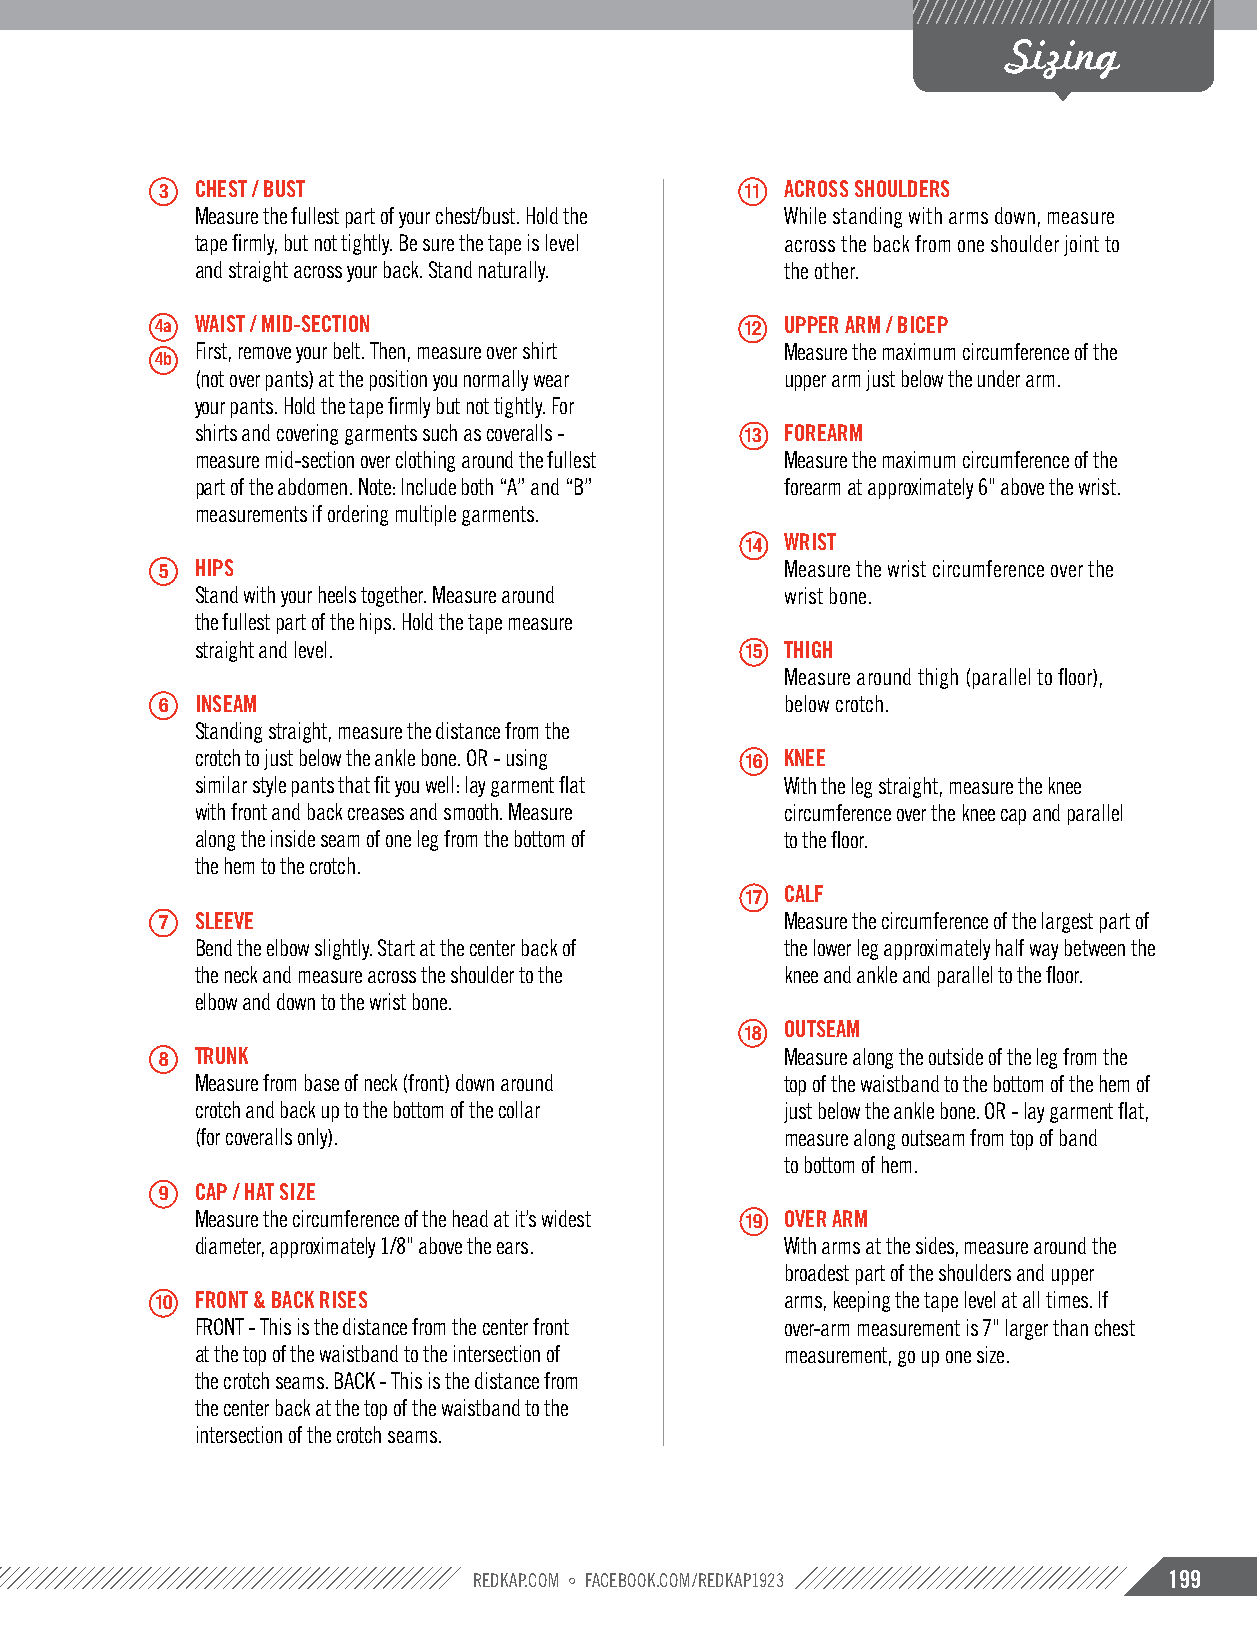
Sizing
 3  CHEST / BUST                        11 ACROSS SHOULDERS
 Measure the fullest part of your chest/bust. Hold the While standing with arms down, measure
 tape firmly, but not tightly. Be sure the tape is level across the back from one shoulder joint to
 and straight across your back. Stand naturally. the other.
 4a WAIST / MID-SECTION                 12 UPPER ARM / BICEP
 First, remove your belt. Then, measure over shirt Measure the maximum circumference of the
 4b
 (not over pants) at the position you normally wear upper arm just below the under arm.
 your pants. Hold the tape firmly but not tightly. For
 shirts and covering garments such as coveralls - 13 FOREARM
 measure mid-section over clothing around the fullest Measure the maximum circumference of the
 part of the abdomen. Note: Include both “A” and “B” forearm at approximately 6" above the wrist.
 measurements if ordering multiple garments.
 14 WRIST
 5  HIPS                                   Measure the wrist circumference over the
 Stand with your heels together. Measure around wrist bone.
 the fullest part of the hips. Hold the tape measure
 straight and level.                 15 THIGH
 Measure around thigh (parallel to floor),
 6  INSEAM                                 below crotch.
 Standing straight, measure the distance from the
 crotch to just below the ankle bone. OR - using 16 KNEE
 similar style pants that fit you well: lay garment flat With the leg straight, measure the knee
 with front and back creases and smooth. Measure circumference over the knee cap and parallel
 along the inside seam of one leg from the bottom of to the floor.
 the hem to the crotch.
 17 CALF
 7  SLEEVE                                 Measure the circumference of the largest part of
 Bend the elbow slightly. Start at the center back of the lower leg approximately half way between the
 the neck and measure across the shoulder to the knee and ankle and parallel to the floor.
 elbow and down to the wrist bone.
 18 OUTSEAM
 8  TRUNK                                  Measure along the outside of the leg from the
 Measure from base of neck (front) down around top of the waistband to the bottom of the hem of
 crotch and back up to the bottom of the collar just below the ankle bone. OR - lay garment flat,
 (for coveralls only).                  measure along outseam from top of band
 to bottom of hem.
 9  CAP / HAT SIZE
 Measure the circumference of the head at it’s widest 19 OVER ARM
 diameter, approximately 1/8" above the ears. With arms at the sides, measure around the
 broadest part of the shoulders and upper
 10 FRONT & BACK RISES                     arms, keeping the tape level at all times. If
 FRONT - This is the distance from the center front over-arm measurement is 7" larger than chest
 at the top of the waistband to the intersection of measurement, go up one size.
 the crotch seams. BACK - This is the distance from
 the center back at the top of the waistband to the
 intersection of the crotch seams.
 please note: sizes may vary by color. refer to the 2013 vf imagewear wholesale product guide. redkap.com ° FaceBook.com/redkap1923 199